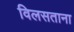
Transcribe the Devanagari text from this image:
विलसताना